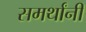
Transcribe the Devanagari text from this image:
समर्थांनीं